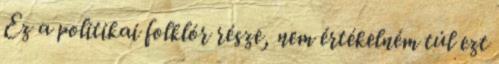
Ez a politikai folklór része, nem értékelném túl ezt